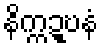
နိက္ကဍ္ဎနံ